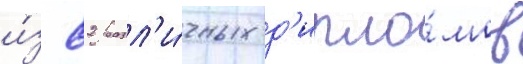
и́з 82 разл'и́чных д'ипло́мов